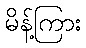
မိန့်ကြား